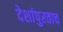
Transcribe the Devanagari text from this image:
देशांपुरताच